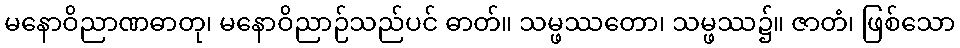
မနောဝိညာဏဓာတု၊ မနောဝိညာဉ်သည်ပင် ဓာတ်။ သမ္ဖဿတော၊ သမ္ဖဿ၌။ ဇာတံ၊ ဖြစ်သော